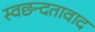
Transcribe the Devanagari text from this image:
स्वछन्दतावाद